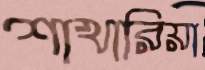
শাখারিয়া